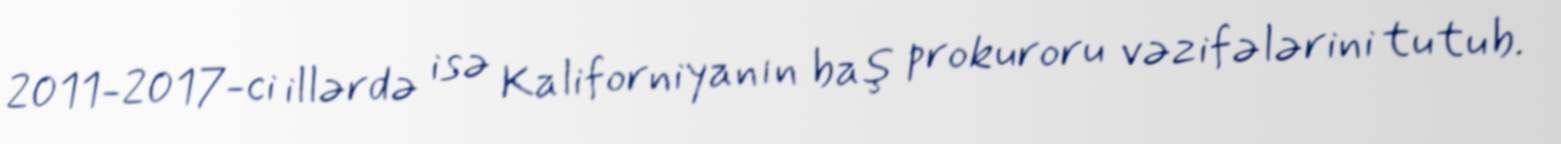
2011-2017-ci illərdə isə Kaliforniyanın baş prokuroru vəzifələrini tutub.